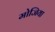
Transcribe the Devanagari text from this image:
मोजिया